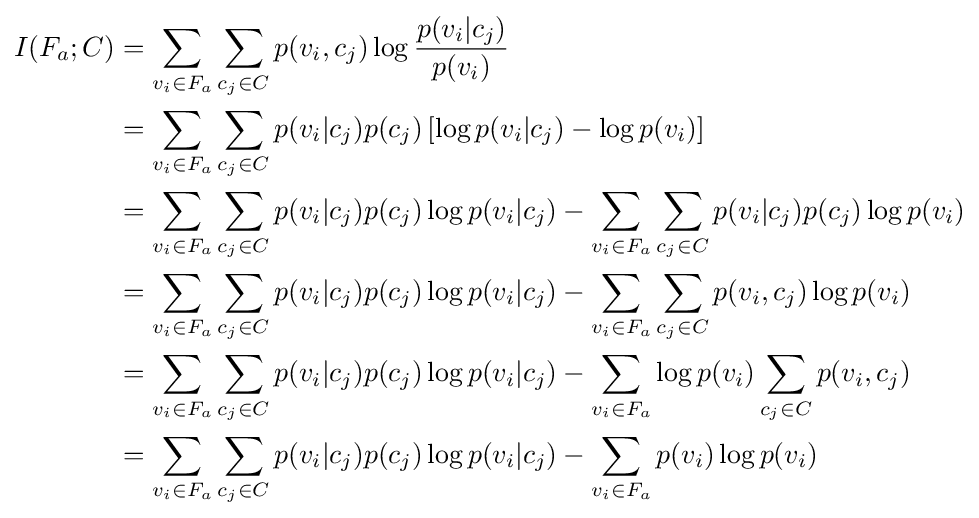
{\begin{aligned}I(F_{a};C)&=\sum _{v_{i}\in F_{a}}\sum _{c_{j}\in C}p(v_{i},c_{j})\log {\frac {p(v_{i}|c_{j})}{p(v_{i})}}\\&=\sum _{v_{i}\in F_{a}}\sum _{c_{j}\in C}p(v_{i}|c_{j})p(c_{j})\left[\log p(v_{i}|c_{j})-\log p(v_{i})\right]\\&=\sum _{v_{i}\in F_{a}}\sum _{c_{j}\in C}p(v_{i}|c_{j})p(c_{j})\log p(v_{i}|c_{j})-\sum _{v_{i}\in F_{a}}\sum _{c_{j}\in C}p(v_{i}|c_{j})p(c_{j})\log p(v_{i})\\&=\sum _{v_{i}\in F_{a}}\sum _{c_{j}\in C}p(v_{i}|c_{j})p(c_{j})\log p(v_{i}|c_{j})-\sum _{v_{i}\in F_{a}}\sum _{c_{j}\in C}p(v_{i},c_{j})\log p(v_{i})\\&=\sum _{v_{i}\in F_{a}}\sum _{c_{j}\in C}p(v_{i}|c_{j})p(c_{j})\log p(v_{i}|c_{j})-\sum _{v_{i}\in F_{a}}\log p(v_{i})\sum _{c_{j}\in C}p(v_{i},c_{j})\\&=\sum _{v_{i}\in F_{a}}\sum _{c_{j}\in C}p(v_{i}|c_{j})p(c_{j})\log p(v_{i}|c_{j})-\sum _{v_{i}\in F_{a}}p(v_{i})\log p(v_{i})\\\end{aligned}}